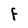
Character: F